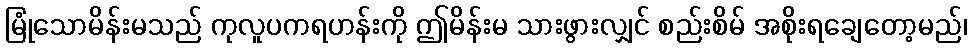
မြုံသောမိန်းမသည် ကုလူပကရဟန်းကို ဤမိန်းမ သားဖွားလျှင် စည်းစိမ် အစိုးရချေတော့မည်၊